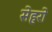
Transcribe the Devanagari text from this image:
सेहरो